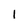
Character: l